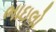
ભાઇલો